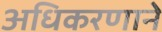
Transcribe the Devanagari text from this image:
अधिकरणाने